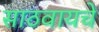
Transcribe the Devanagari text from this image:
साठवायचे